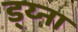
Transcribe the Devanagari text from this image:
ड्य्ना